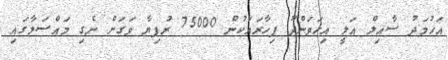
އަހުމަދު ސާއިލް އަލީ އިހަވަންދޫ ފިހާރައަކުން 75000 ރުފިޔާ ވަގަށް ނެގި މައްސަލާގައި